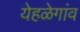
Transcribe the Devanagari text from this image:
येहळेगांव